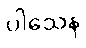
ပါသေန